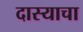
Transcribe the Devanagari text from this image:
दास्याचा